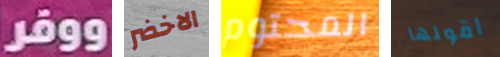
ووفر الاخضر المحتوم اقولها